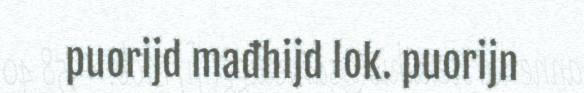
puorijd mađhijd lok. puorijn